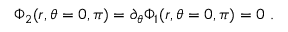
\Phi _ { 2 } ( r , \theta = 0 , \pi ) = \partial _ { \theta } \Phi _ { 1 } ( r , \theta = 0 , \pi ) = 0 \ .